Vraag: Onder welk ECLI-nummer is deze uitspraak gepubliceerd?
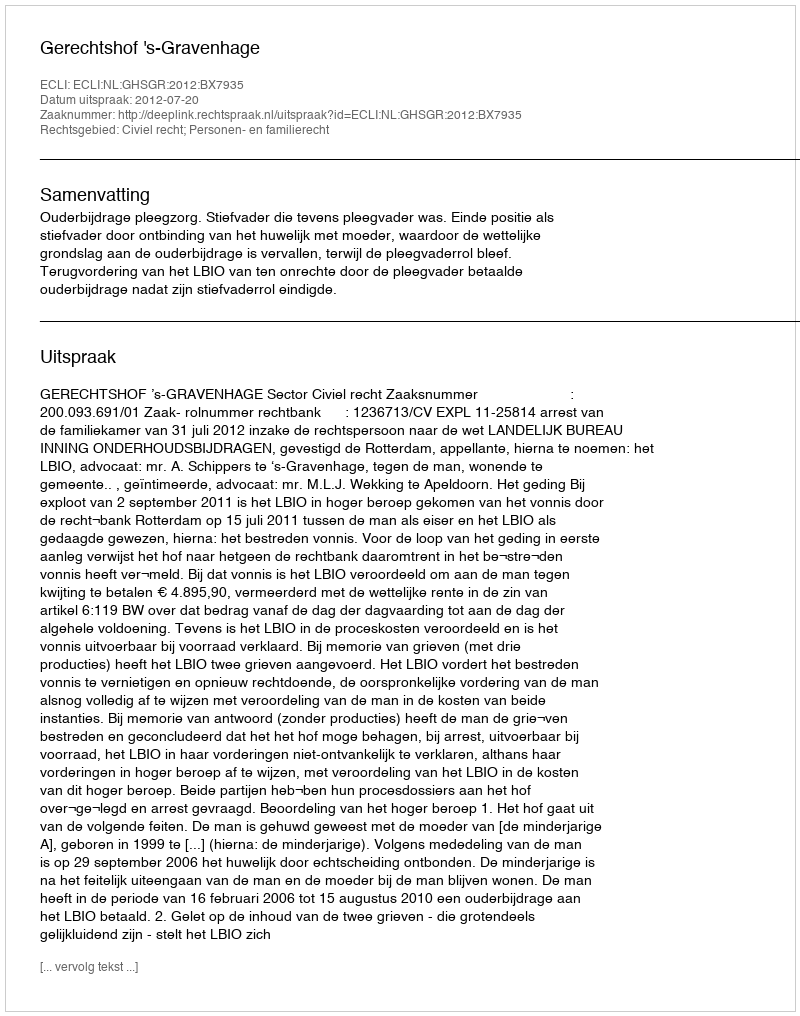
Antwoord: ECLI:NL:GHSGR:2012:BX7935